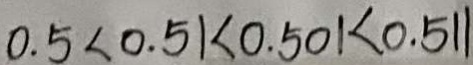
0 . 5 < 0 . 5 1 < 0 . 5 0 1 < 0 . 5 1 1